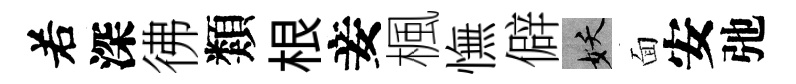
𠰥深彿類根妾楓憮僻妖面安弛